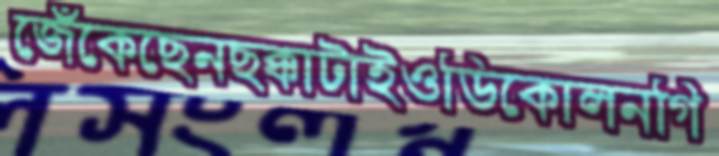
জেঁকেছেনছক্কাটাইওডিকোলনগি